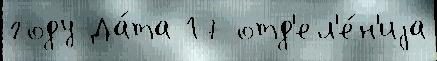
году Да́та 17 отд'ел'е́н'иjа